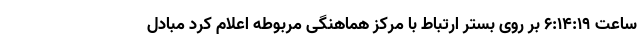
ساعت ۶:۱۴:۱۹ بر روی بستر ارتباط با مرکز هماهنگی مربوطه اعلام کرد مبادل